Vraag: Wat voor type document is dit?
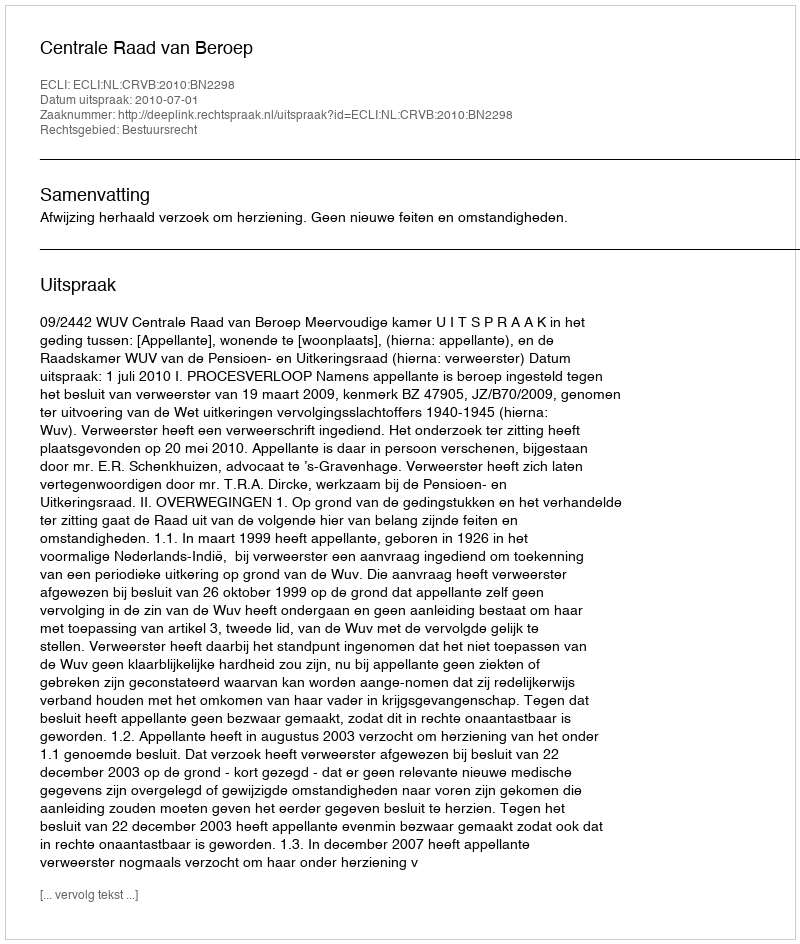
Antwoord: Uitspraak